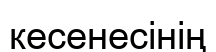
кесенесінің